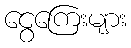
ငွေကြေးများ